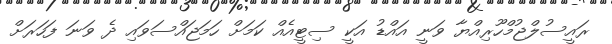
ރައީސުލްޖުމްހޫރިއްޔާ ވަނީ އައްޑު އަކީ ސިޓީއެއް ކަމަށް ހަމަޖައްސަވައި ދެ ވަނަ ފަހަރަށް